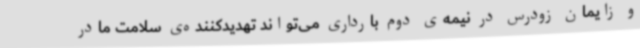
و زایمان زودرس در نیمه‌ی دوم بارداری می‌تواند تهدیدکننده‌ی سلامت مادر